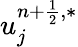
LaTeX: u_{j}^{n+\frac{1}{2},\ast}